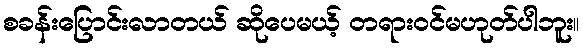
စခန်းပြောင်းလာတယ် ဆိုပေမယ့် တရားဝင်မဟုတ်ပါဘူး။